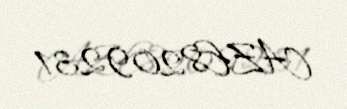
AZE8209231